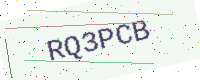
Text: RQ3PCB